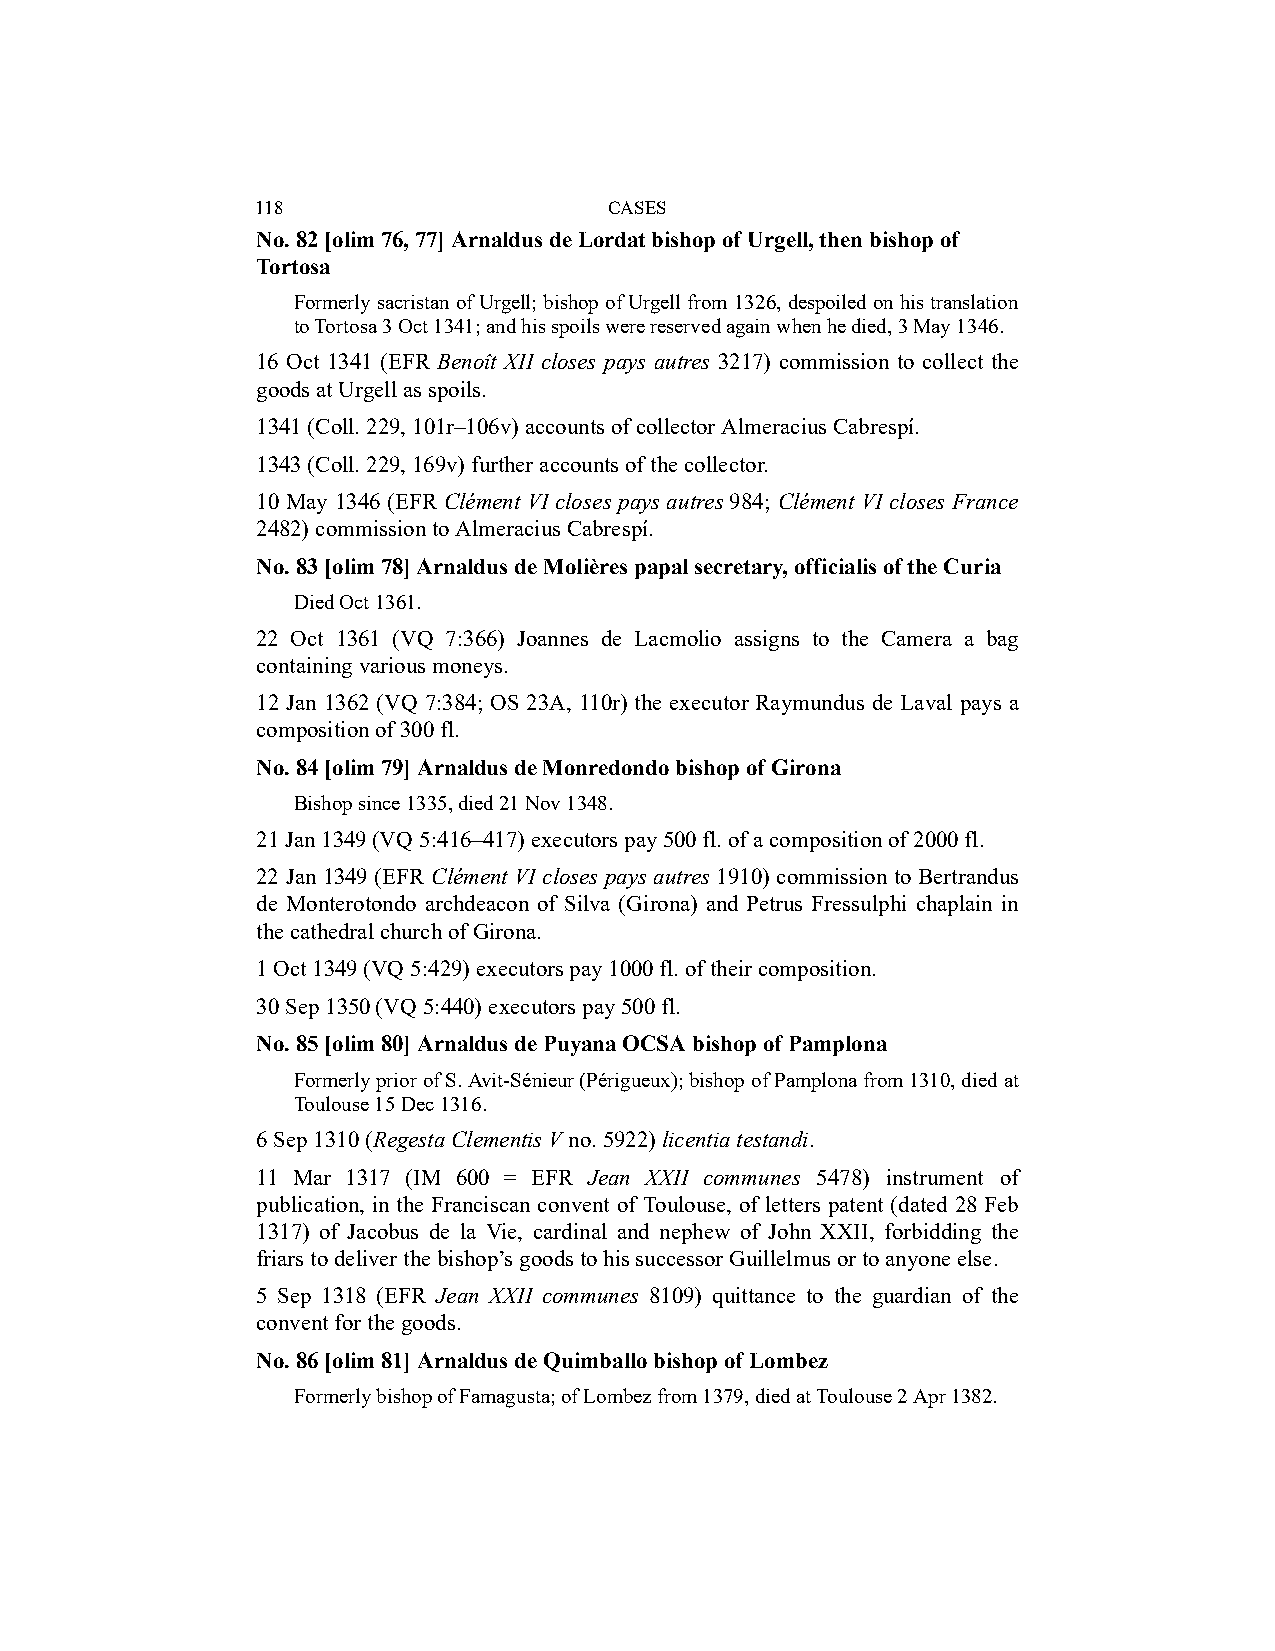
118                    CASES
 No. 82 [olim 76, 77] Arnaldus de Lordat bishop of Urgell, then bishop of
 Tortosa
 Formerly sacristan of Urgell; bishop of Urgell from 1326, despoiled on his translation
 to Tortosa 3 Oct 1341; and his spoils were reserved again when he died, 3 May 1346.
 16 Oct 1341 (EFR Benoît XII closes pays autres 3217) commission to collect the
 goods at Urgell as spoils.
 1341 (Coll. 229, 101r–106v) accounts of collector Almeracius Cabrespí.
 1343 (Coll. 229, 169v) further accounts of the collector.
 10 May 1346 (EFR Clément VI closes pays autres 984; Clément VI closes France
 2482) commission to Almeracius Cabrespí.
 No. 83 [olim 78] Arnaldus de Molières papal secretary, officialis of the Curia
 Died Oct 1361.
 22 Oct 1361 (VQ 7:366) Joannes de Lacmolio assigns to the Camera a bag
 containing various moneys.
 12 Jan 1362 (VQ 7:384; OS 23A, 110r) the executor Raymundus de Laval pays a
 composition of 300 fl.
 No. 84 [olim 79] Arnaldus de Monredondo bishop of Girona
 Bishop since 1335, died 21 Nov 1348.
 21 Jan 1349 (VQ 5:416–417) executors pay 500 fl. of a composition of 2000 fl.
 22 Jan 1349 (EFR Clément VI closes pays autres 1910) commission to Bertrandus
 de Monterotondo archdeacon of Silva (Girona) and Petrus Fressulphi chaplain in
 the cathedral church of Girona.
 1 Oct 1349 (VQ 5:429) executors pay 1000 fl. of their composition.
 30 Sep 1350 (VQ 5:440) executors pay 500 fl.
 No. 85 [olim 80] Arnaldus de Puyana OCSA bishop of Pamplona
 Formerly prior of S. Avit-Sénieur (Périgueux); bishop of Pamplona from 1310, died at
 Toulouse 15 Dec 1316.
 6 Sep 1310 (Regesta Clementis V no. 5922) licentia testandi.
 11 Mar 1317 (IM 600 = EFR Jean XXII communes 5478) instrument of
 publication, in the Franciscan convent of Toulouse, of letters patent (dated 28 Feb
 1317) of Jacobus de la Vie, cardinal and nephew of John XXII, forbidding the
 friars to deliver the bishop’s goods to his successor Guillelmus or to anyone else.
 5 Sep 1318 (EFR Jean XXII communes 8109) quittance to the guardian of the
 convent for the goods.
 No. 86 [olim 81] Arnaldus de Quimballo bishop of Lombez
 Formerly bishop of Famagusta; of Lombez from 1379, died at Toulouse 2 Apr 1382.